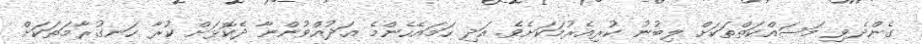
ގެންދެވި މަސައްކަތްތަކަށް ލިބުނު ކުރިއެރުމަކަށެވެ. އަދި ހަމައެހެންމެ ޢަދުއްވުންނާ ދެކޮޅަށް ކުރާ ހަނގުރާމަތަކަށް